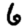
Digit: 6